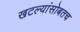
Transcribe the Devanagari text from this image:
खटल्यांसोबतच